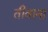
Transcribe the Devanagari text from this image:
तीवाना